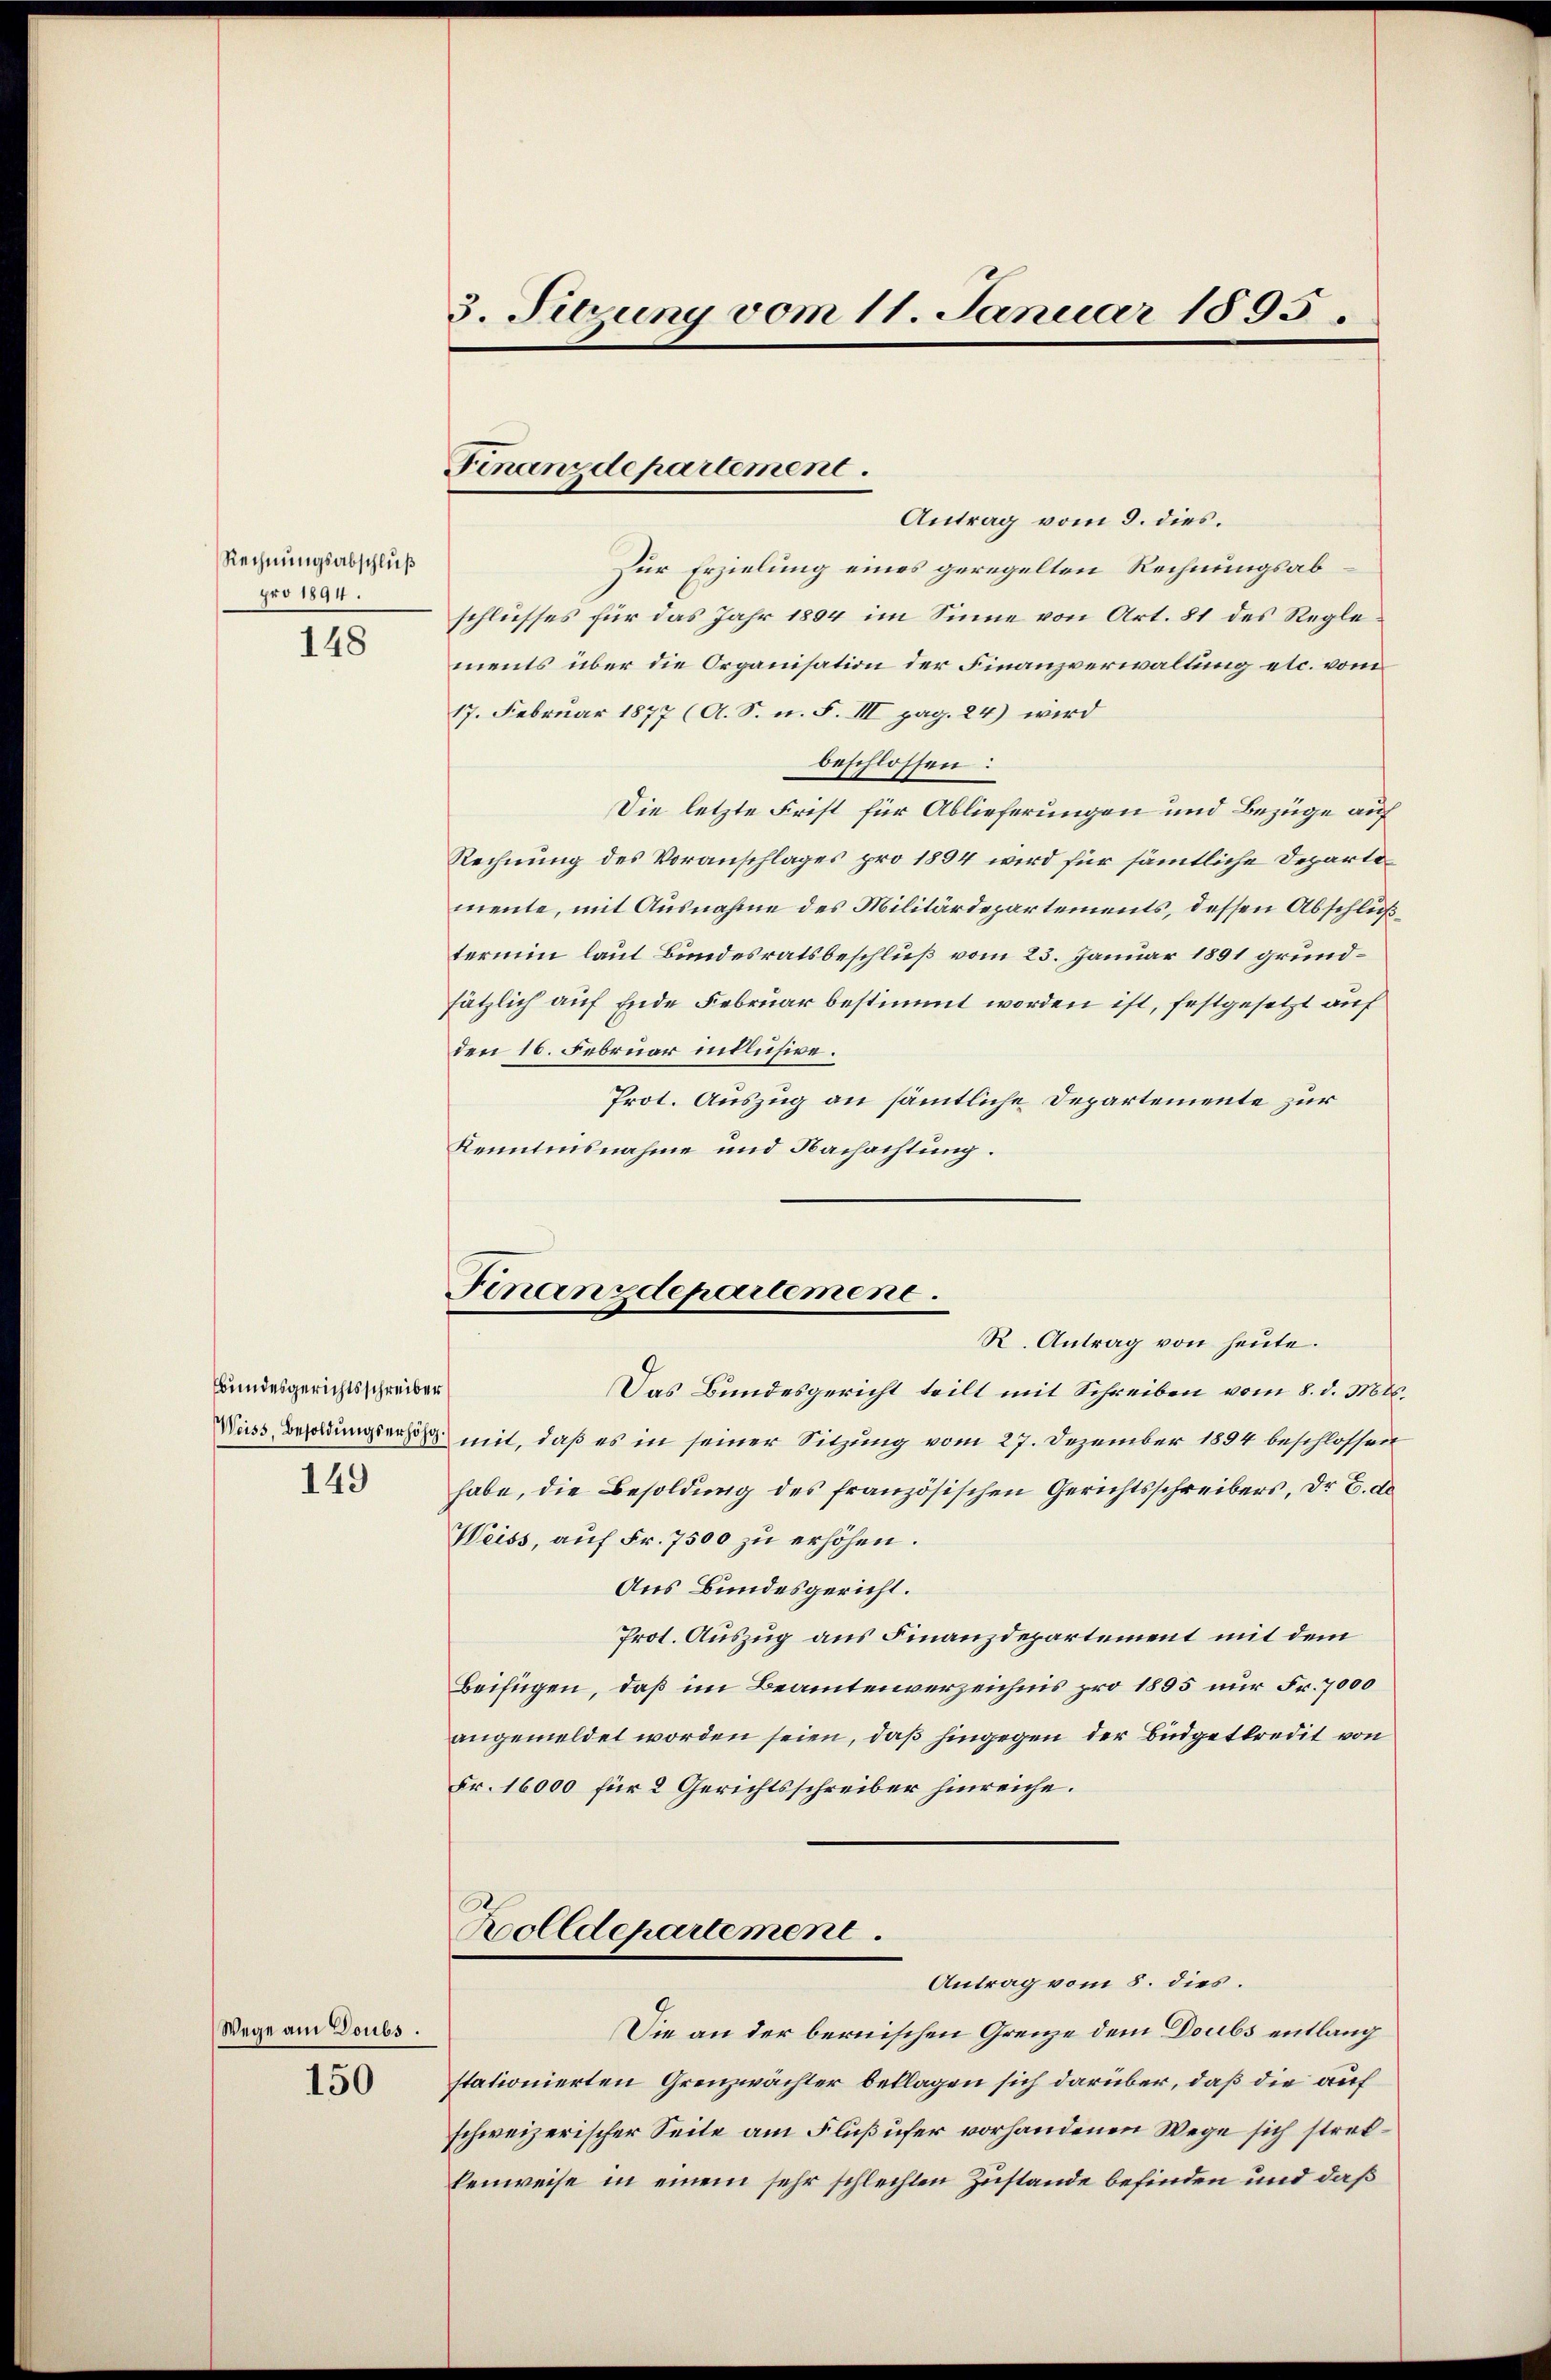
Rechnungsabschluß
pro 1894.

148

Bundesgerichtsschreiber

149

Wege am Doubs.

150

3. Sitzung vom 11. Januar 1893.

Finanzdepartement.

Antrag vom 9. dies.
Zur Erzielung eines geregelten Rechnungsabschlusses für das Jahr 1804 im Sinne von Art. 81 des Reglements über die Organisation der Finanzverwaltung etc. vom
17. Februar 1877 (A. S. n. F. III pag. 24) wird
beschlossen:
Die letzte Frist für Ablieferungen und Bezüge auf
Rechnung des Voranschlages pro 1894 wird für sämmtliche Departemente, mit Ausnahme des Militärdepartements, dessen Abschlußtermin laut Bundesratsbeschluß vom 25. Januar 1891 grundsätzlich auf Ende Februar bestimmt worden ist, festgesetzt auf
den 16. Februar intlusive.
Prot. Auszug an sämtliche Departemente zur
Kenntnisnahme und Nachachtung.

Finanzdepartement.

R. Antrag von heute.
Das Bundesgericht teilt mit Schreiben vom 8. d. Mts.
Niess Besoldungserhör mit, daß es in seiner Sitzung vom 27. Dezember 1894 beschlossen
habe, die Besoldung des französischen Gerichtsschreibers, Dr E. de
Weiss, auf Fr. 7500 zu erhöhen.
Aus Bundesgericht.
Prot. Auszug aus Finanzdepartement mit dem
Beifügen, daß im Beamtenverzeichnis pro 1895 nur Fr. 7000
angemeldet worden seien, daß hingegen der Budgetkredit von
Fr. 16000 für 2 Gerichtsschreiber hinreiche.
Bolldepartement.
Antrag vom 8. dies.
Die an der bernischen Grenze dem Doubs entlang
stationierten Grenzwächter beklagen sich darüber, daß die auf
schweizerischer Seite am Flußufer vorhandenen Wege sich streckenweise in einem sehr schlechten Zustande befinden und daß